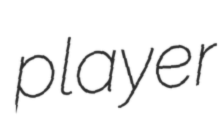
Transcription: player